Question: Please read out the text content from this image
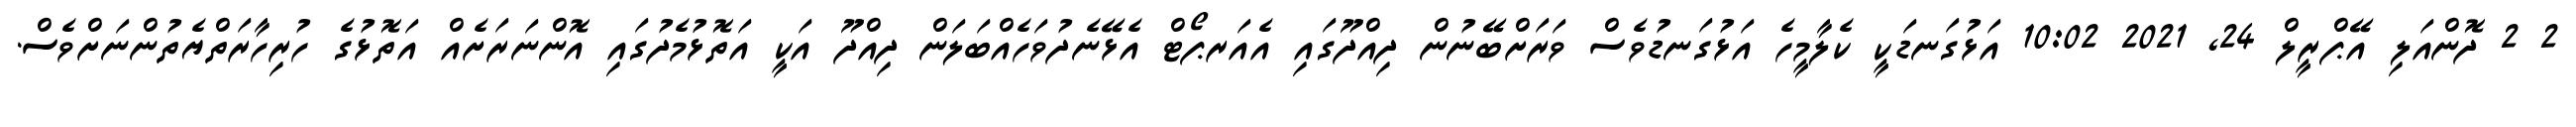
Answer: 2 2 ދޮންއަލި އޭޕްރީލް 24, 2021 10:02 އަޅުގަނޑަކީ ކެލާމީހެ އަޅުގަނޑުވެސް ވަރަށްބޭނުން ދިއްދޫގައި އެއަރޕޯޓް އެޅޭނެދުވަހެއްބަލަން ދިއްދޫ އަކީ އަތޮޅުމެދުގައި އޮންނަރަށެއް އަތޮޅުގެ ހުރިހާރަތްޔެތުންނަށްވެސް.